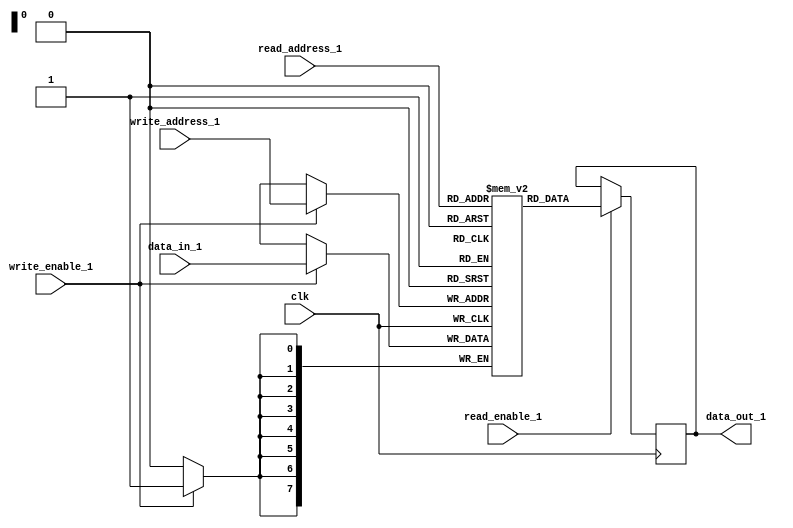
module dual_port_ram (
    input wire [7:0] read_address_1, 
    input wire read_enable_1, 
    output reg [7:0] data_out_1, 
    input wire [7:0] write_address_1, 
    input wire write_enable_1, 
    input wire [7:0] data_in_1, 
    input wire clk
);

reg [7:0] ram [0:255];

always @(posedge clk) begin
    if (read_enable_1) begin
        data_out_1 <= ram[read_address_1];
    end
    if (write_enable_1) begin
        ram[write_address_1] <= data_in_1;
    end
end

endmodule